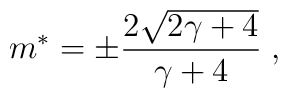
m\sp * =  \pm { 2\sqrt{2\gamma + 4} \over \gamma + 4}     \;,